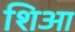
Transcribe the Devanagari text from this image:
शिआ